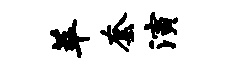
萃套演